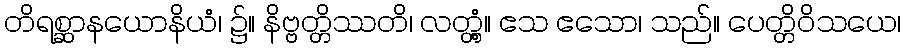
တိရစ္ဆာနယောနိယံ၊ ၌။ နိဗ္ဗတ္တိဿတိ၊ လတ္တံ့။ ဧသ ဧသော၊ သည်။ ပေတ္တိဝိသယေ၊